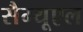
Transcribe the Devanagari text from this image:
सैम्‍यूएल